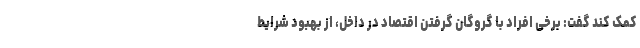
کمک کند گفت: برخی افراد با گروگان گرفتن اقتصاد در داخل، از بهبود شرایط